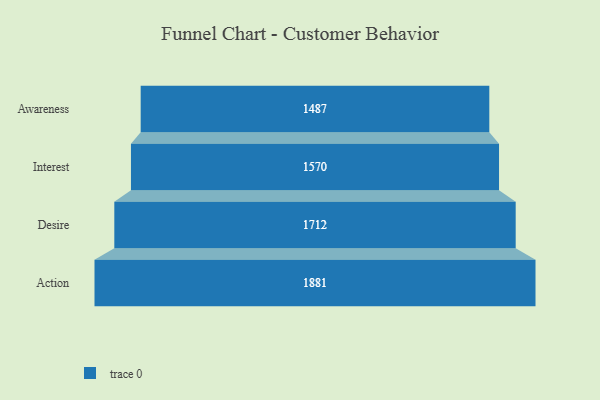
{"axis": {"x": "Stage", "y": "Value"}, "legend": [""], "data": [{"x": "Awareness", "y": 1487.0, "type": ""}, {"x": "Interest", "y": 1570.0, "type": ""}, {"x": "Desire", "y": 1712.0, "type": ""}, {"x": "Action", "y": 1881.0, "type": ""}]}